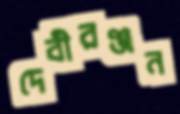
দেবীরঞ্জন